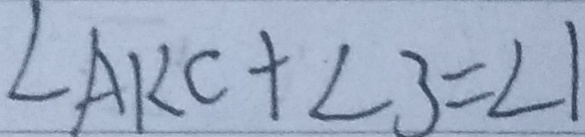
\angle A K C + \angle 3 = \angle 1